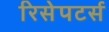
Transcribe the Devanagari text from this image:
रिसेपटर्स